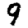
Digit: 9